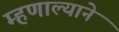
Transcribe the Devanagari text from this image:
म्हणाल्याने